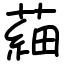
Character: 𦹀